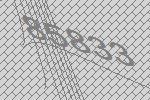
85833